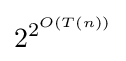
2^{2^{O(T(n))}}